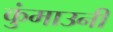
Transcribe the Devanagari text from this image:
कुंमाउनी